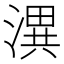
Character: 潩